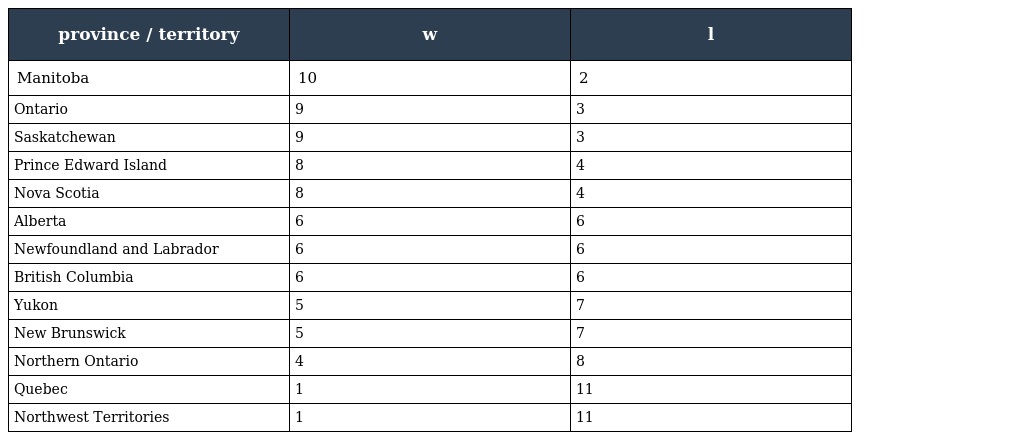
| province / territory | w | l |
 | --- | --- | --- |
 | Manitoba | 10 | 2 |
 | Ontario | 9 | 3 |
 | Saskatchewan | 9 | 3 |
 | Prince Edward Island | 8 | 4 |
 | Nova Scotia | 8 | 4 |
 | Alberta | 6 | 6 |
 | Newfoundland and Labrador | 6 | 6 |
 | British Columbia | 6 | 6 |
 | Yukon | 5 | 7 |
 | New Brunswick | 5 | 7 |
 | Northern Ontario | 4 | 8 |
 | Quebec | 1 | 11 |
 | Northwest Territories | 1 | 11 |